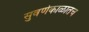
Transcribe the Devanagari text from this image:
सुवर्णकाळातच